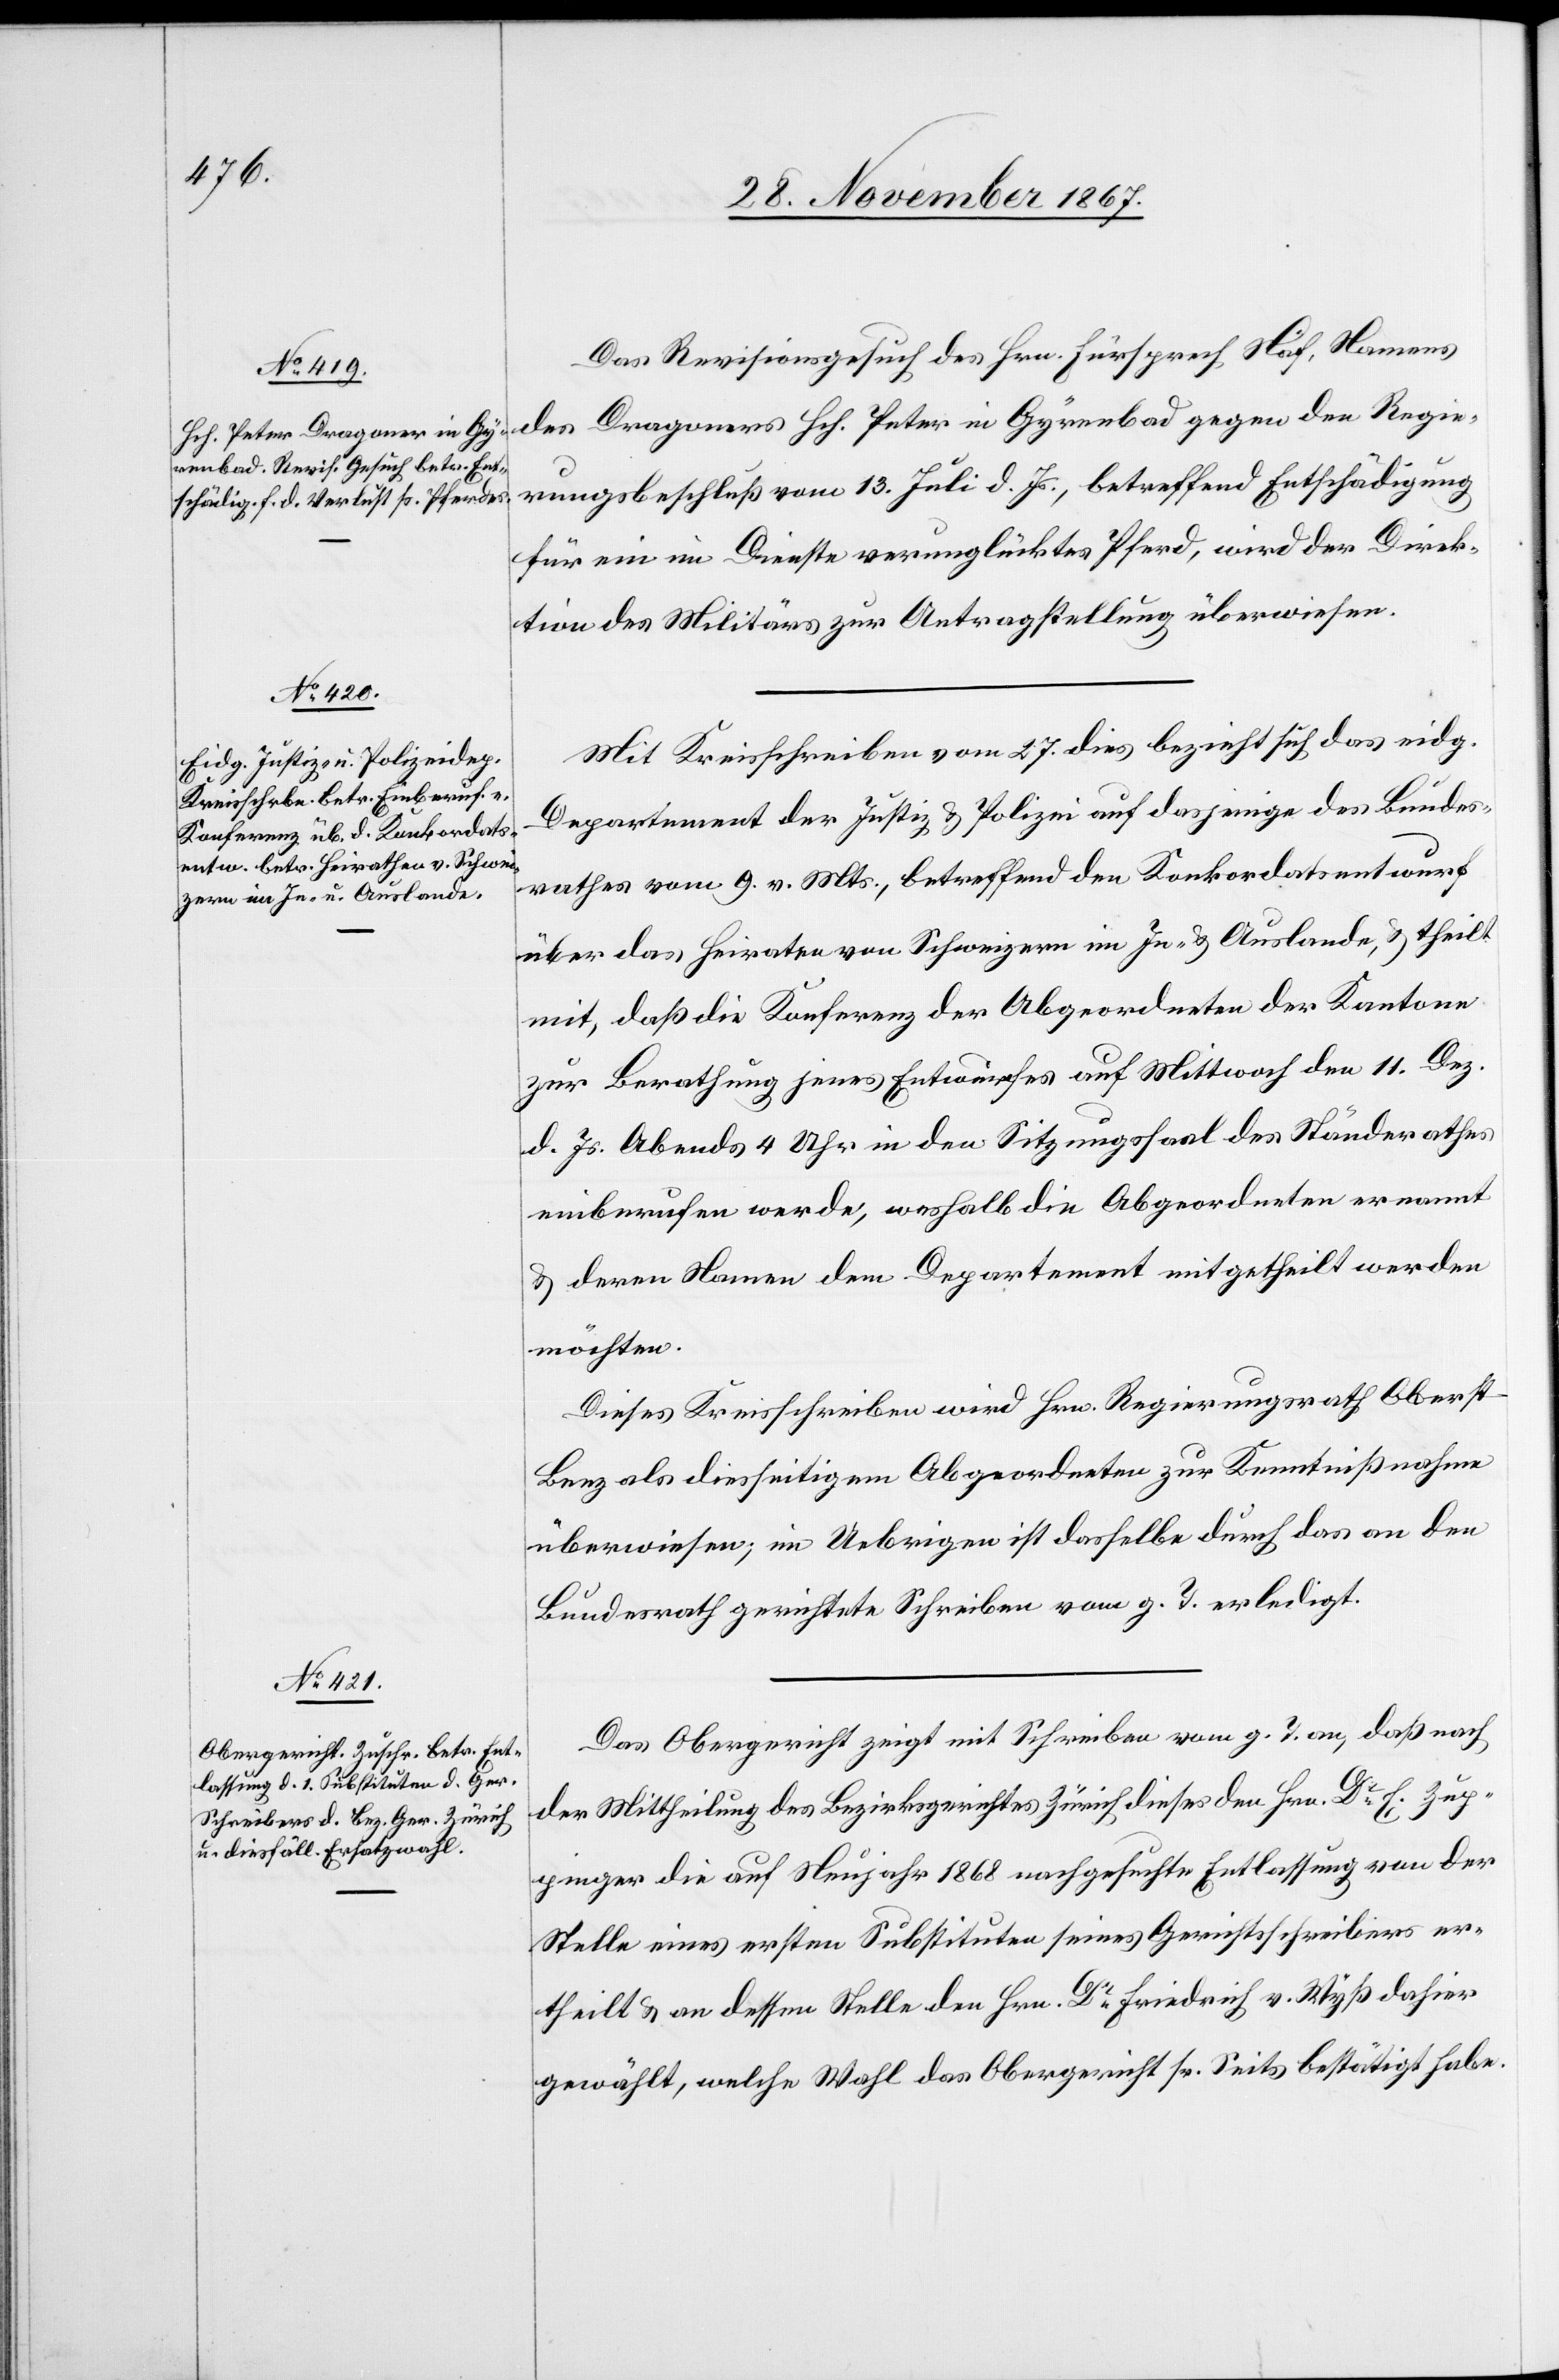
29. November 1867.]
Das Revisionsgesuch des Hrn. Fürsprech Näf, Namens
des Dragoners Hch. Peter in Gyrenbad gegen den Regie¬
rungsbeschluß vom 13. Juli d. Js., betreffend Entschädigung
für ein im Dienste verunglücktes Pferd, wird der Direk¬
tion des Militärs zur Antragstellung überwiesen.
Mit Kreisschreiben vom 27. dies bezieht sich das eidg.
Departement der Justiz u. Polizei auf dasjenige des Bundes¬
rathes vom 9. v. Mts., betreffend den Konkordatsentwurf
über das Heiraten von Schweizern im In- u. Auslande, u. theilt
mit, daß die Konferenz der Abgeordneten der Kantone
zur Berathung jenes Entwurfes auf Mittwoch den 11. Dez.
d. Js. Abends 4 Uhr in den Sitzungssaal des Ständerathes
einberufen werde, weshalb die Abgeordneten ernannt
u. deren Namen dem Departement mitgetheilt werden
möchten.
Dieses Kreisschreiben wird Hrn. Regierungsrath Oberst
Benz als diesseitigem Abgeordneten zur Kenntnißnahme
überwiesen; im Uebrigen ist dasselbe durch das an den
Bundesrath gerichtete Schreiben vom g. T. [recte:
Das Obergericht zeigt mit Schreiben vom g. T. an, daß nach
der Mittheilung des Bezirksgerichtes Zürich dieses den Hrn. Dr. E. Zup¬
pinger die auf Neujahr 1868 nachgesuchte Entlassung von der
Stelle eines ersten Substituten seines Gerichtsschreibers er¬
theilt u. an dessen Stelle den Hrn. Dr. Friedrich v. Wyß dahier
gewählt, welche Wahl das Obergericht sr. Seits bestätigt habe.